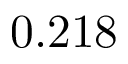
0 . 2 1 8